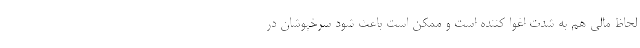
لحاظ مالی هم به شدت اغوا کننده است و ممکن است باعث شود سرخپوشان در